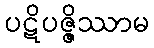
ပဋိပဇ္ဇိဿာမ